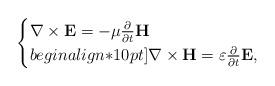
LaTeX: \begin{align*}\begin{cases} \nabla \times \textbf{E} = -\mu\frac{\partial}{\partial t}\textbf{H}\\begin{align*}10pt]\nabla \times \textbf{H} = \varepsilon\frac{\partial}{\partial t}\textbf{E},\end{cases}\end{align*}